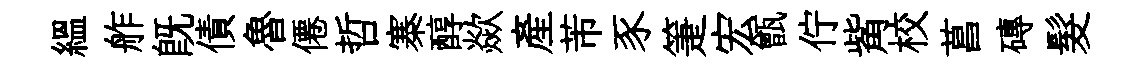
緼舴旣債魯僊哲寨醇歘產芾豕箑宏甑佇觜校菖磚髮